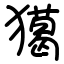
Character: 獦